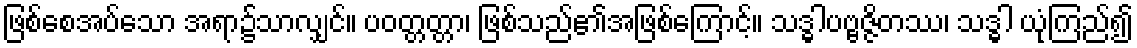
ဖြစ်စေအပ်သော အရာ၌သာလျှင်။ ပဝတ္တတ္တာ၊ ဖြစ်သည်၏အဖြစ်ကြောင့်။ သဒ္ဓါပဗ္ဗဇ္ဇိတဿ၊ သဒ္ဓါ ယုံကြည်၍